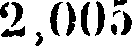
2,005